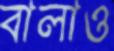
বালাও